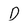
Character: D